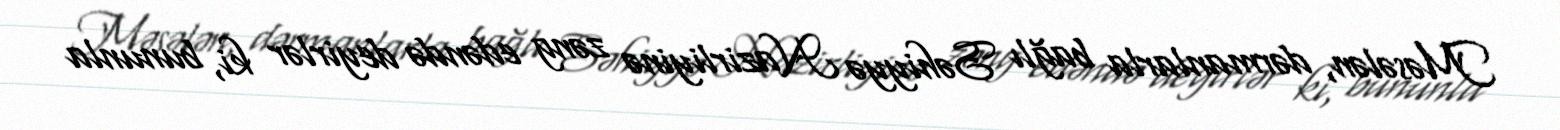
Məsələn, dərmanlarla bağlı Səhiyyə Nazirliyinə zəng edəndə deyirlər ki, bununla